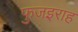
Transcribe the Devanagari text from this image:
फुजइराह